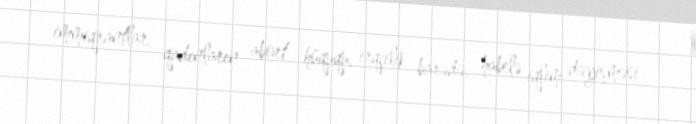
immiqrantlar, qadınların abort hüququ, irqçilik barədə, habelə iqlim dəyişməsi